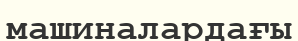
машиналардағы